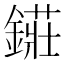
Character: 𨫲